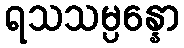
ရသသမ္ပန္နော